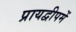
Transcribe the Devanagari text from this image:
प्रायद्वीपमें